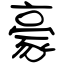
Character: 豪